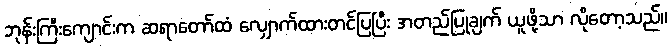
ဘုန်းကြီးကျောင်းက ဆရာတော်ထံ လျှောက်ထားတင်ပြပြီး အတည်ပြုချက် ယူဖို့သာ လိုတော့သည်။